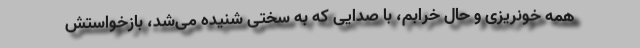
همه خونریزی و حال خرابم، با صدایی که به سختی شنیده می‌شد، بازخواستش